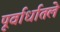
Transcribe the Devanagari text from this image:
पूर्वार्धातले